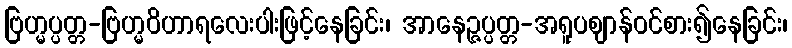
ဗြဟ္မပ္ပတ္တ-ဗြဟ္မဝိဟာရလေးပါးဖြင့်နေခြင်း၊ အာနေဉ္ဇပ္ပတ္တ-အရူပဈာန်ဝင်စား၍နေခြင်း၊